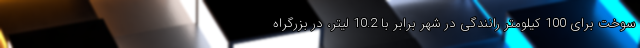
سوخت برای 100 کیلومتر رانندگی در شهر برابر با 10.2 لیتر، در بزرگراه